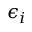
\epsilon _ { i }